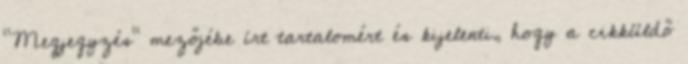
"Megjegyzés" mezőjébe írt tartalomért és kijelenti, hogy a cikküldő